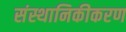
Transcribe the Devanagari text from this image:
संस्थानिकीकरण